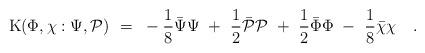
LaTeX: \begin{align*}{\rm K} ( \Phi, \chi: \Psi , {\cal P} ) ~=~ - \frac 18 {\bar {\Psi}}{\Psi} ~+~ \frac 12 {\bar {\cal P}} {\cal P} ~+~ \frac 12 {\bar \Phi}{\Phi} ~-~ \frac 18 {\bar {\chi}} {\chi} ~~~ .\end{align*}